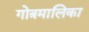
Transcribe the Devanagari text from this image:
गोत्रमालिका